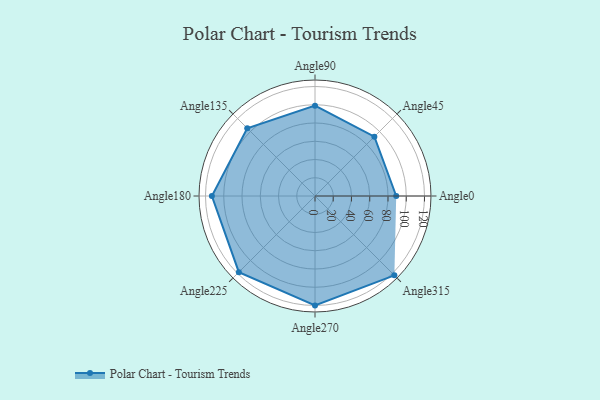
{"axis": {"x": "Angle", "y": "Radius"}, "legend": [""], "data": [{"x": "Angle0", "y": 89.0, "type": ""}, {"x": "Angle45", "y": 92.0, "type": ""}, {"x": "Angle90", "y": 99.0, "type": ""}, {"x": "Angle135", "y": 105.0, "type": ""}, {"x": "Angle180", "y": 113.0, "type": ""}, {"x": "Angle225", "y": 118.0, "type": ""}, {"x": "Angle270", "y": 120.0, "type": ""}, {"x": "Angle315", "y": 123.0, "type": ""}]}